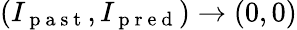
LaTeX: (I_{\mathrm{~p~a~s~t~}},I_{\mathrm{~p~r~e~d~}})\to(0,0)